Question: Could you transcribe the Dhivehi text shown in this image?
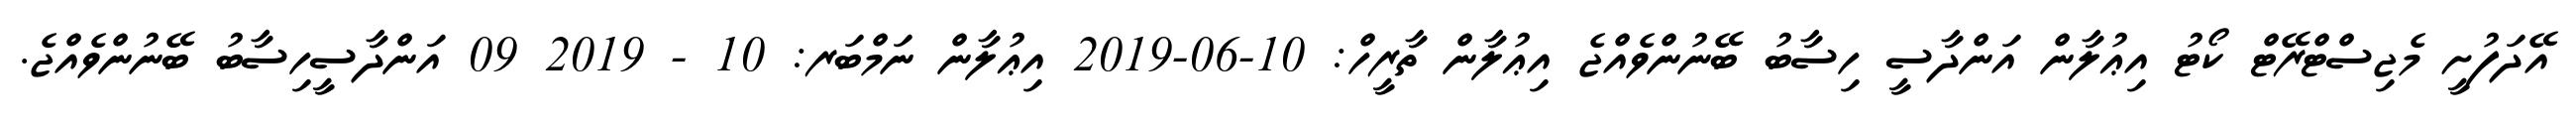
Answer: އޭދަފުށީ މެޖިސްޓްރޭޓް ކޯޓު އިޢުލާން އަންދާސީ ހިސާބު ބޭނުންވެއްޖެ އިޢުލާން ތާރީހް: 10-06-2019 އިޢުލާން ނަމްބަރ: 10 - 2019 09 އަންދާސީހިސާބު ބޭނުންވެއްޖެ.